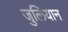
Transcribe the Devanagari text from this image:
जुलियान